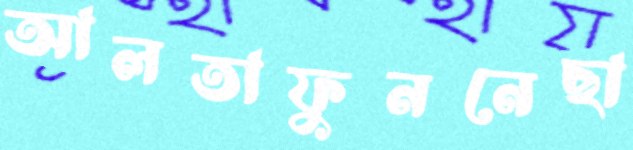
আলতাফুননেছা